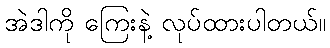
အဲဒါကို ကြေးနဲ့ လုပ်ထားပါတယ်။